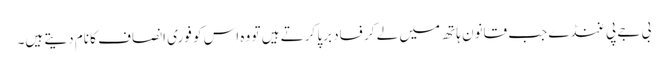
بی جے پی غنڈے جب قانون ہاتھ میں لے کر فساد برپا کرتے ہیں تو وہ اس کو فوری انصاف کا نام دیتے ہیں۔